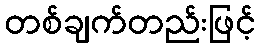
တစ်ချက်တည်းဖြင့်